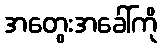
အတွေးအခေါ်ကို